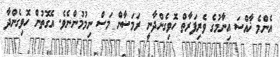
އެންމެ ޚާއްސަ އިނާމުގެ ވެރިފަރާތް ހޮވިގެންދާނީ ރަމަޟާން މަސް ނިމުމުންނެވެ. އެގޮތުން ހޮވިގެންދާ